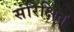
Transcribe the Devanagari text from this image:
संरिक्षित